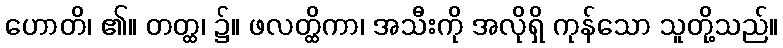
ဟောတိ၊ ၏။ တတ္ထ၊ ၌။ ဖလတ္ထိကာ၊ အသီးကို အလိုရှိ ကုန်သော သူတို့သည်။